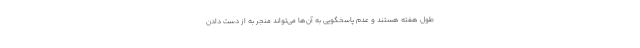
طول هفته هستند و عدم پاسخگویی به آن‌ها می‌تواند منجر به از دست دادن